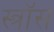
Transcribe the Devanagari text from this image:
स्त्रॉस